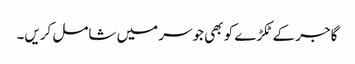
گاجر کے ٹکڑے کو بھی جوسر میں شامل کریں۔